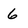
Character: 6